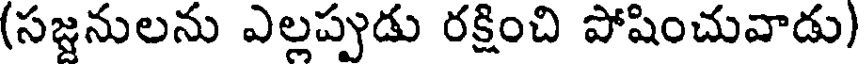
(సజ్జనులను ఎల్లప్పుడు రక్షించి పోషించువాడు)